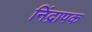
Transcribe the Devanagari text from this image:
निंद्रापक